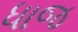
ધાજ